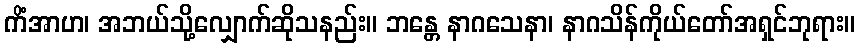
ကိံအာဟ၊ အဘယ်သို့လျှောက်ဆိုသနည်း။ ဘန္တေ နာဂသေနာ၊ နာဂသိန်ကိုယ်တော်အရှင်ဘုရား။